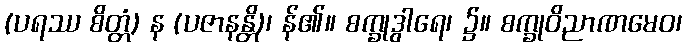
(ပရဿ စိတ္တံ) န (ပဇာနန္တိ)၊ န်၏။ စက္ခုဒွါရေ၊ ၌။ စက္ခုဝိညာဏမေဝ၊